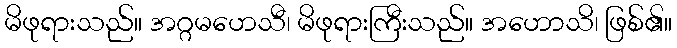
မိဖုရားသည်။ အဂ္ဂမဟေသီ၊ မိဖုရားကြီးသည်။ အဟောသိ၊ ဖြစ်၏။